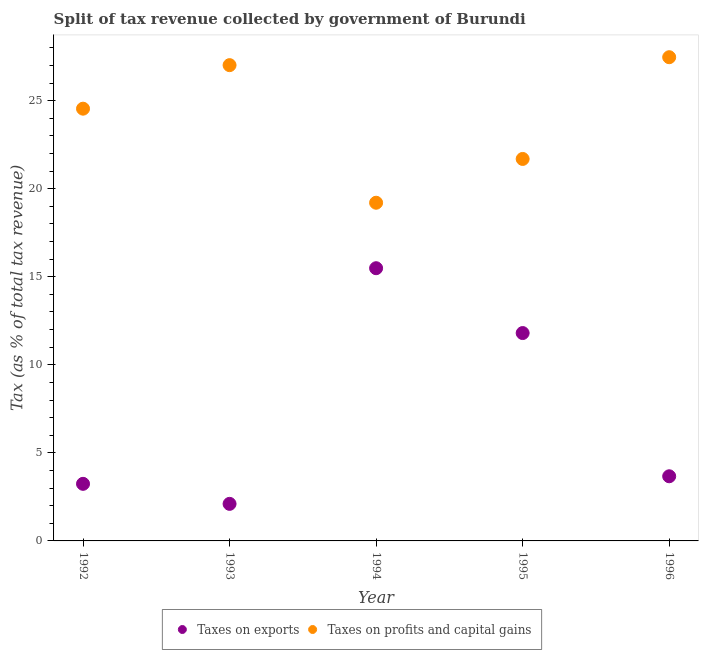
| Year | Taxes on exports | Taxes on profits and capital gains |
 | --- | --- | --- |
 | 1992 | 3.24 | 24.5 |
 | 1993 | 2.1 | 27 |
 | 1994 | 15.5 | 19.2 |
 | 1995 | 11.8 | 21.7 |
 | 1996 | 3.67 | 27.5 |